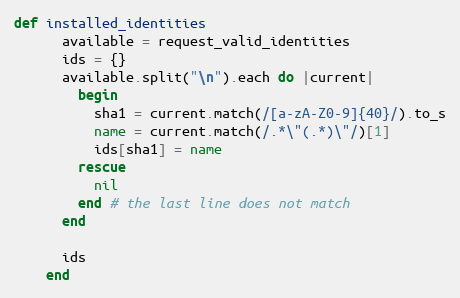
Language: Ruby
def installed_identities
      available = request_valid_identities
      ids = {}
      available.split("\n").each do |current|
        begin
          sha1 = current.match(/[a-zA-Z0-9]{40}/).to_s
          name = current.match(/.*\"(.*)\"/)[1]
          ids[sha1] = name
        rescue
          nil
        end # the last line does not match
      end

      ids
    end